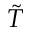
\tilde { T }